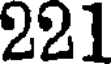
221